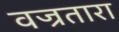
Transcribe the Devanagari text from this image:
वज्रतारा